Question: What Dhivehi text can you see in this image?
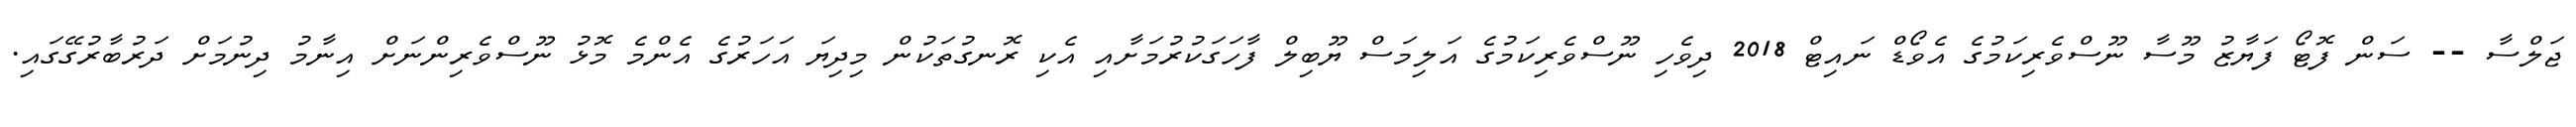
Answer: ޖަލްސާ -- ސަން ފޮޓޯ ފަޔާޒު މޫސާ ނޫސްވެރިކަމުގެ އެވޯޑް ނައިޓް 2018 ދިވެހި ނޫސްވެރިކަމުގެ އަލިމަސް ޔޫބިލް ފާހަގަކުރުމަށާއި އެކި ރޮނގުތަކުން މިދިޔަ އަހަރުގެ އެންމެ މޮޅު ނޫސްވެރިންނަށް އިނާމު ދިނުމަށް ދަރުބާރުގޭގައި.